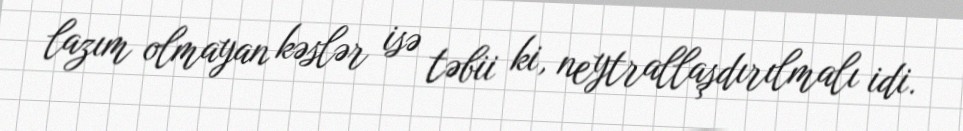
lazım olmayan kəslər isə təbii ki, neytrallaşdırılmalı idi.